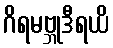
ဂိရမဗ္ဘုဒီရယိ